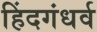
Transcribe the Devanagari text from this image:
हिंदगंधर्व